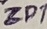
Text: ZD1